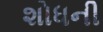
શોધની